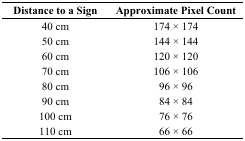
| Distance to a Sign | Approximate Pixel Count |
 | --- | --- |
 | 40 cm | 174 × 174 |
 | 50 cm | 144 × 144 |
 | 60 cm | 120 × 120 |
 | 70 cm | 106 × 106 |
 | 80 cm | 96 × 96 |
 | 90 cm | 84 × 84 |
 | 100 cm | 76 × 76 |
 | 110 cm | 66 × 66 |